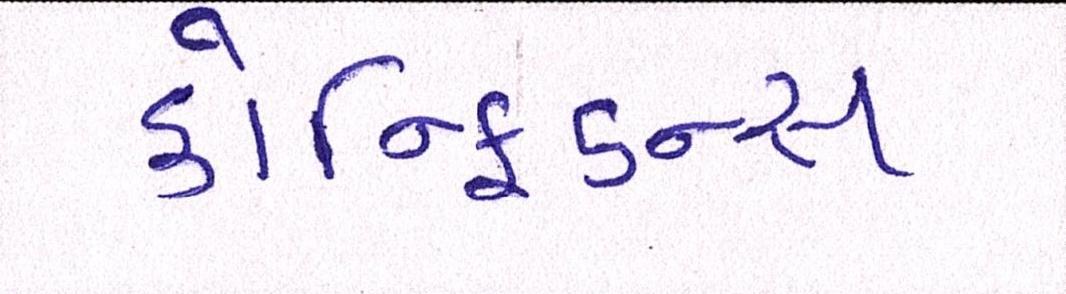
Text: કોન્ફિડન્સ